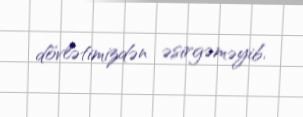
dövlətimizdən əsirgəməyib.